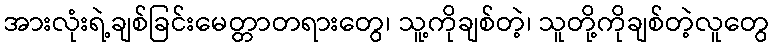
အားလုံးရဲ့ချစ်ခြင်းမေတ္တာတရားတွေ၊ သူ့ကိုချစ်တဲ့၊ သူတို့ကိုချစ်တဲ့လူတွေ